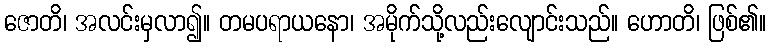
ဇောတိ၊ အလင်းမှလာ၍။ တမပရာယနော၊ အမိုက်သို့လည်းလျောင်းသည်။ ဟောတိ၊ ဖြစ်၏။